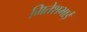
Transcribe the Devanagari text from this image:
मितेशभाई